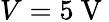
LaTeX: V=5\mathrm{~V~}